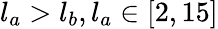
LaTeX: l_{a}>l_{b},l_{a}\in[2,15]